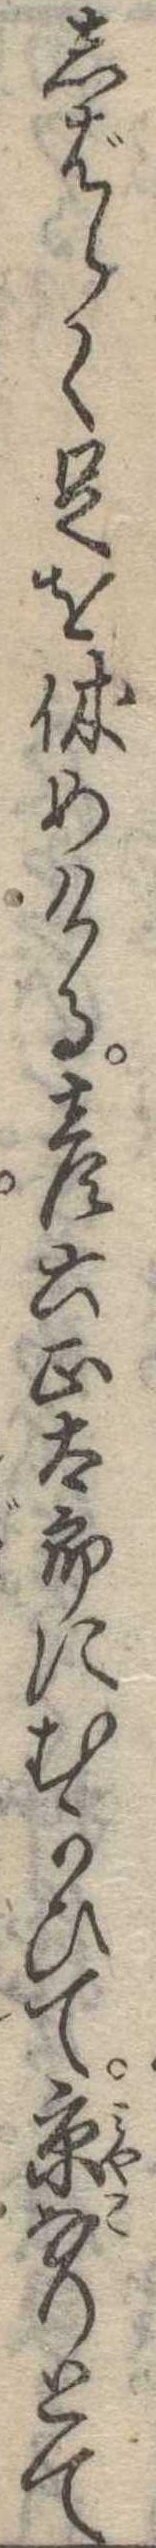
しばらく足を休めける彦六正太郎にむかひて京なりとて